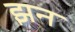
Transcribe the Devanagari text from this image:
झन